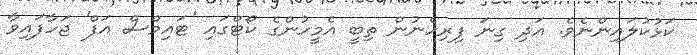
ކަޅުކުލައިންނެވެ. އަދި ގިނަ ފިރިހެނުން ތިބީ އެމީހުންގެ ކޯޓްގައި 'ޓައިމްސް އަފް' ޖަހާފައިވާ